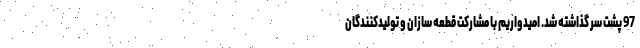
97 پشت سر گذاشته شد. امیدواریم با مشارکت قطعه سازان و تولیدکنندگان